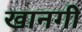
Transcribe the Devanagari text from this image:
खानगी